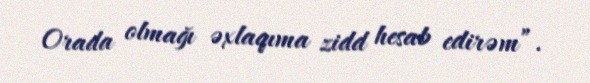
Orada olmağı əxlaqıma zidd hesab edirəm”.